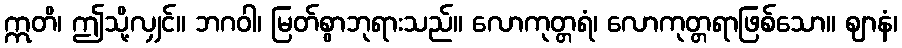
ဣတိ၊ ဤသို့လျှင်။ ဘဂဝါ၊ မြတ်စွာဘုရားသည်။ လောကုတ္တရံ၊ လောကုတ္တရာဖြစ်သော။ ဈာနံ၊